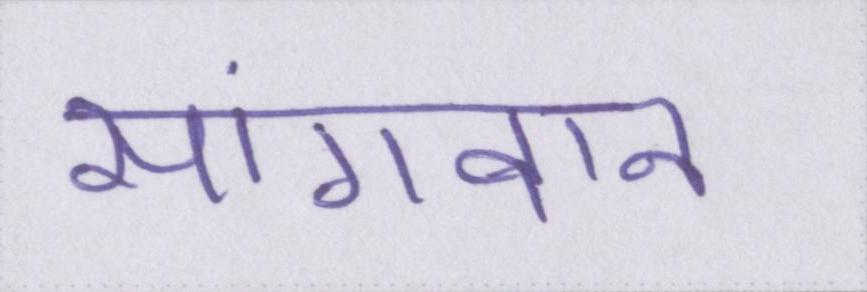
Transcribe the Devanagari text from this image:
सांगवान